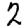
Digit: 2